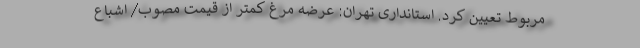
مربوط تعیین کرد. استانداری تهران: عرضه مرغ کمتر از قیمت مصوب/ اشباع